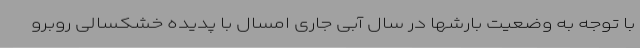
با توجه به وضعیت بارشها در سال آبی جاری امسال با پدیده خشکسالی روبرو